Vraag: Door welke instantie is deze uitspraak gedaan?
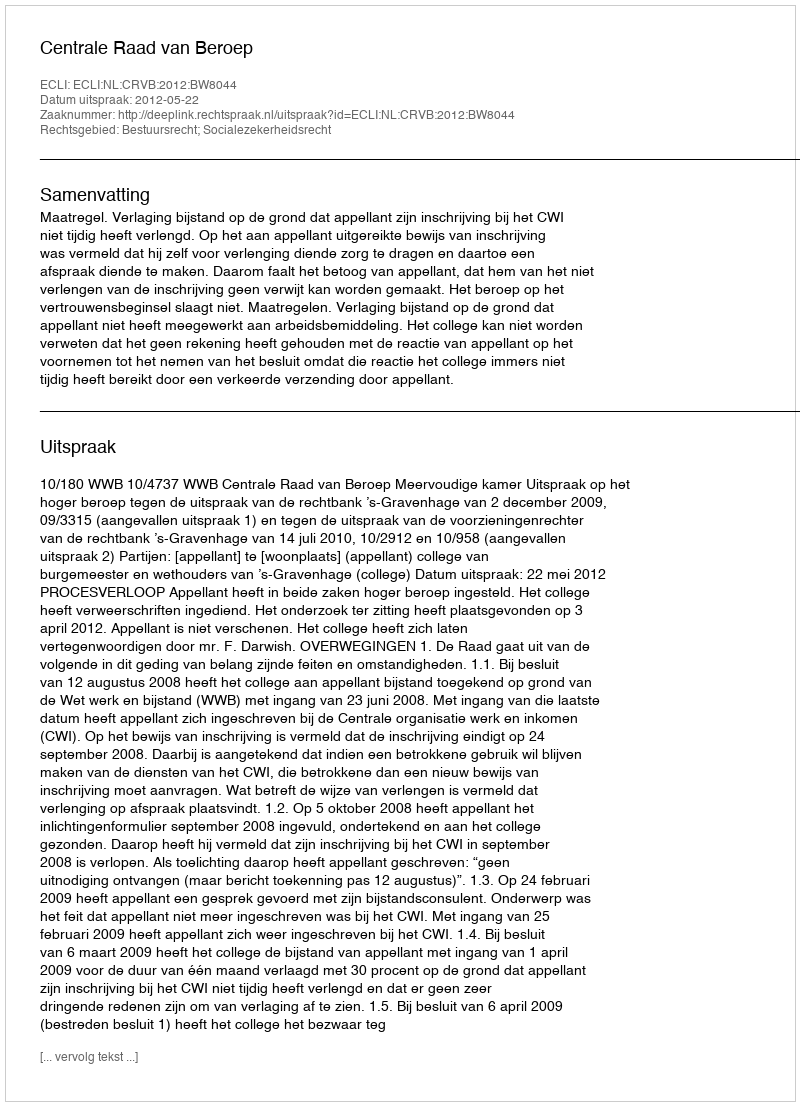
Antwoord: Centrale Raad van Beroep